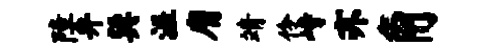
障弁巽涯膺靖伶峙亦角